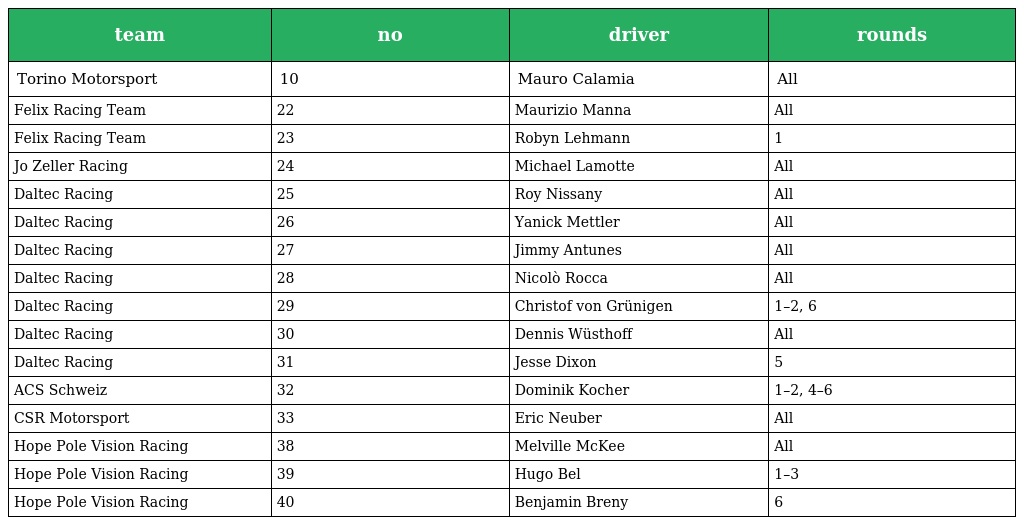
| team | no | driver | rounds |
 | --- | --- | --- | --- |
 | Torino Motorsport | 10 | Mauro Calamia | All |
 | Felix Racing Team | 22 | Maurizio Manna | All |
 | Felix Racing Team | 23 | Robyn Lehmann | 1 |
 | Jo Zeller Racing | 24 | Michael Lamotte | All |
 | Daltec Racing | 25 | Roy Nissany | All |
 | Daltec Racing | 26 | Yanick Mettler | All |
 | Daltec Racing | 27 | Jimmy Antunes | All |
 | Daltec Racing | 28 | Nicolò Rocca | All |
 | Daltec Racing | 29 | Christof von Grünigen | 1–2, 6 |
 | Daltec Racing | 30 | Dennis Wüsthoff | All |
 | Daltec Racing | 31 | Jesse Dixon | 5 |
 | ACS Schweiz | 32 | Dominik Kocher | 1–2, 4–6 |
 | CSR Motorsport | 33 | Eric Neuber | All |
 | Hope Pole Vision Racing | 38 | Melville McKee | All |
 | Hope Pole Vision Racing | 39 | Hugo Bel | 1–3 |
 | Hope Pole Vision Racing | 40 | Benjamin Breny | 6 |